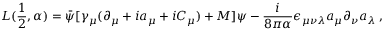
{ \cal L } ( \frac { 1 } { 2 } , \alpha ) = \bar { \psi } [ \gamma _ { \mu } ( \partial _ { \mu } + i a _ { \mu } + i C _ { \mu } ) + M ] \psi - \frac { i } { 8 \pi \alpha } \epsilon _ { \mu \nu \lambda } a _ { \mu } \partial _ { \nu } a _ { \lambda } \; ,